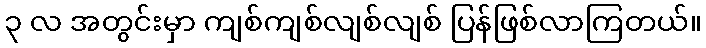
၃ လ အတွင်းမှာ ကျစ်ကျစ်လျစ်လျစ် ပြန်ဖြစ်လာကြတယ်။